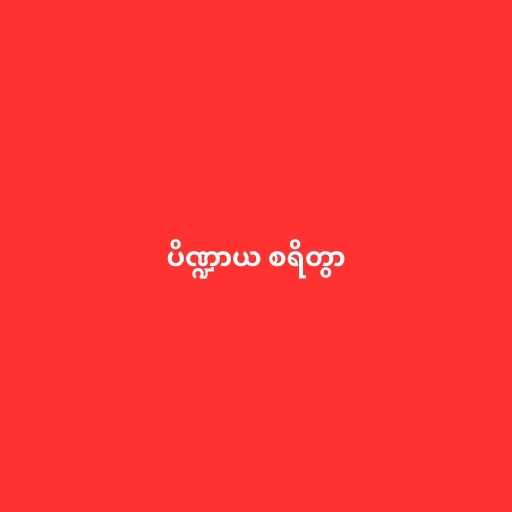
ပိဏ္ဍာယ စရိတွာ